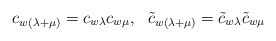
\begin{align*}c_{w(\lambda+\mu)}=c_{w\lambda}c_{w\mu},\ \ \tilde{c}_{w(\lambda+\mu)}=\tilde{c}_{w\lambda}\tilde{c}_{w\mu}\end{align*}